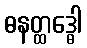
ဓနတ္ထဒ္ဓေါ